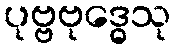
ပုဗ္ဗဗုဒ္ဓေသု